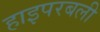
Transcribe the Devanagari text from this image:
हाइपरबली